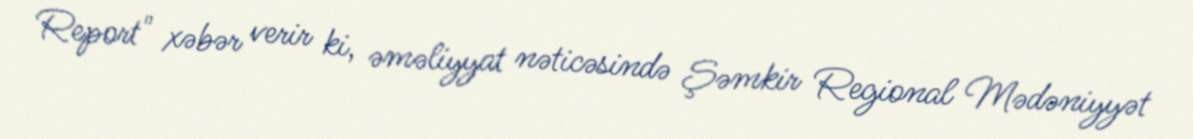
Report" xəbər verir ki, əməliyyat nəticəsində Şəmkir Regional Mədəniyyət